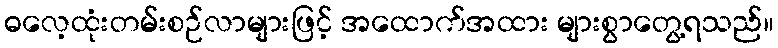
ဓလေ့ထုံးတမ်းစဉ်လာများဖြင့် အထောက်အထား များစွာတွေ့ရသည်။